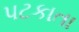
પટકાતા